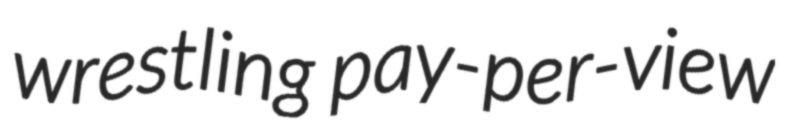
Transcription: wrestling pay-per-view